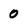
Character: 0